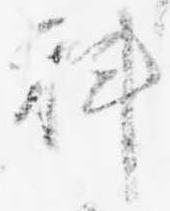
科